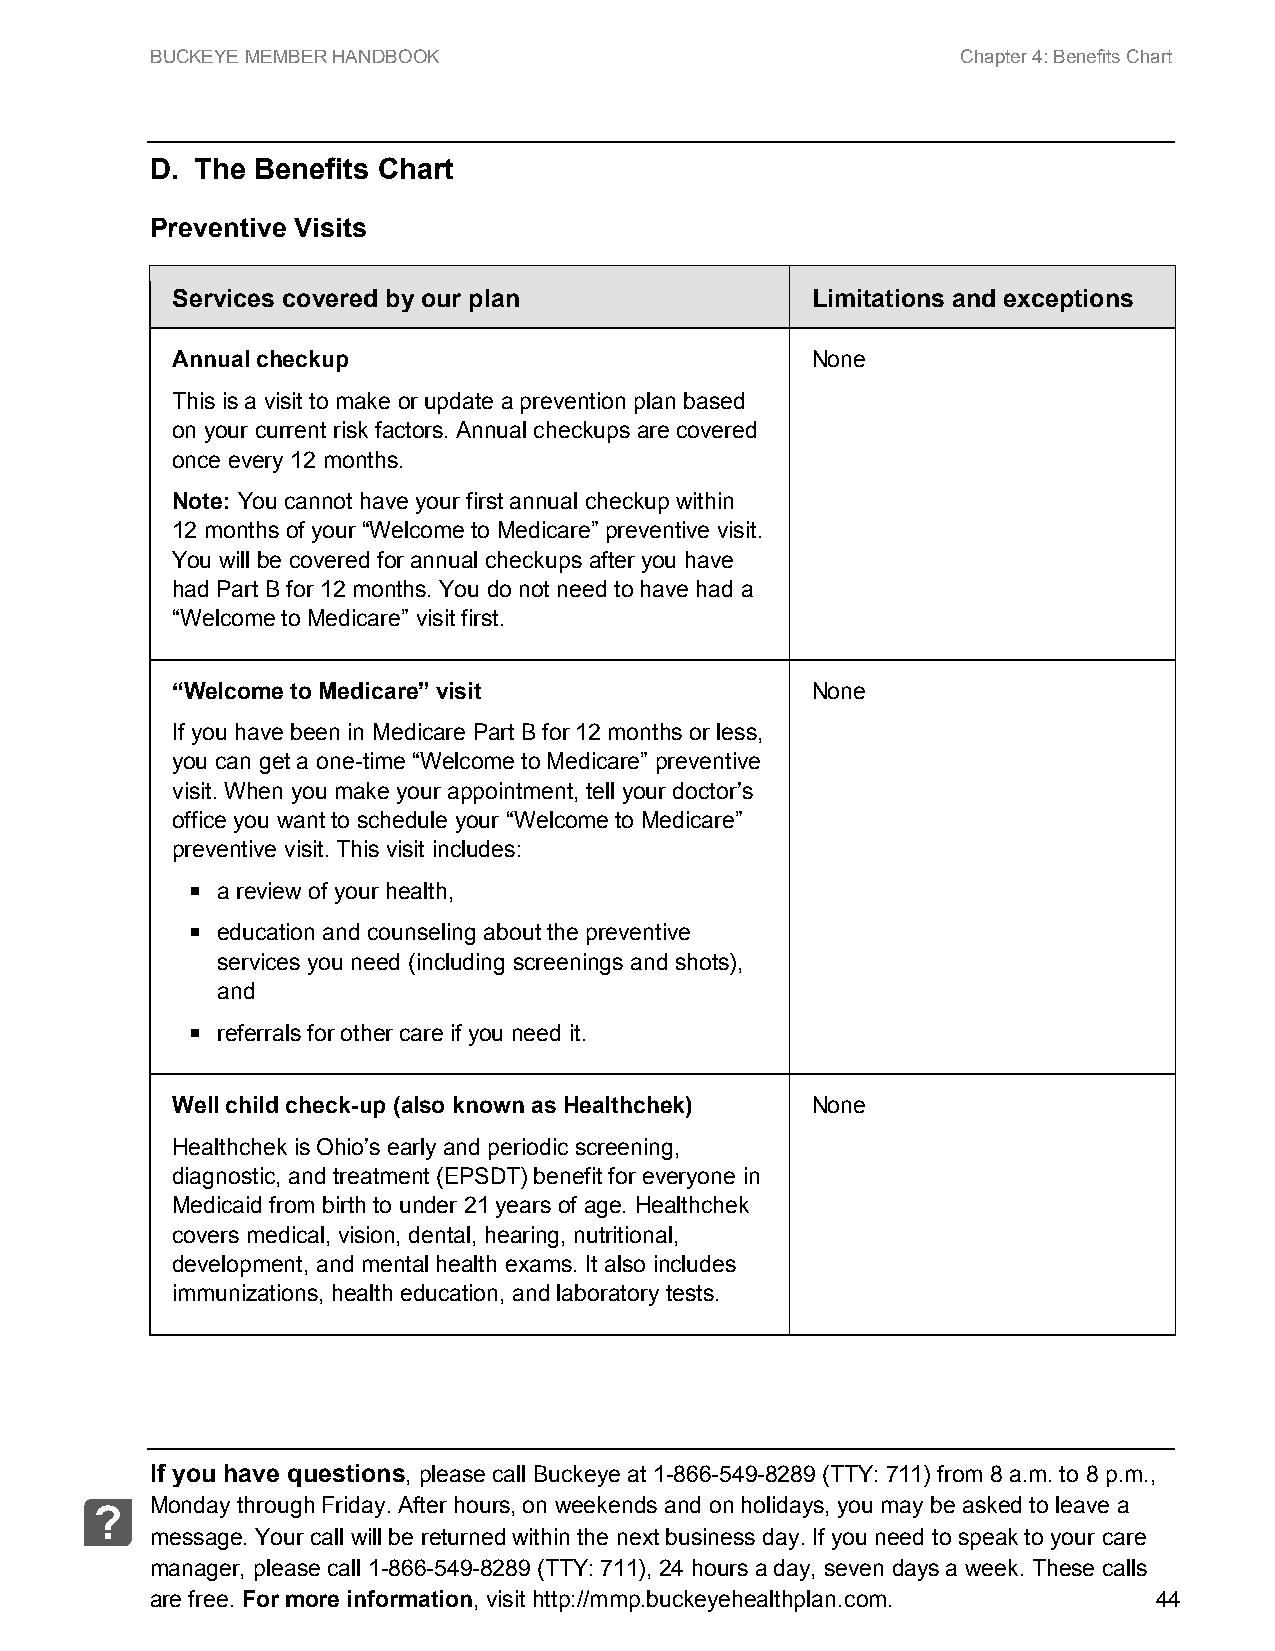
BUCKEYE MEMBER HANDBOOK                               Chapter 4: Benefits Chart
 D. The Benefits Chart
 Preventive Visits
 Services covered by our plan               Limitations and exceptions
 Annual checkup                             None
 This is a visit to make or update a prevention plan based
 on your current risk factors. Annual checkups are covered
 once every 12 months.
 Note: You cannot have your first annual checkup within
 12 months of your “Welcome to Medicare” preventive visit.
 You will be covered for annual checkups after you have
 had Part B for 12 months. You do not need to have had a
 “Welcome to Medicare” visit first.
 “Welcome to Medicare” visit                None
 If you have been in Medicare Part B for 12 months or less,
 you can get a one-time “Welcome to Medicare” preventive
 visit. When you make your appointment, tell your doctor’s
 office you want to schedule your “Welcome to Medicare”
 preventive visit. This visit includes:
  a review of your health,
  education and counseling about the preventive
 services you need (including screenings and shots),
 and
  referrals for other care if you need it.
 Well child check-up (also known as Healthchek) None
 Healthchek is Ohio’s early and periodic screening,
 diagnostic, and treatment (EPSDT) benefit for everyone in
 Medicaid from birth to under 21 years of age. Healthchek
 covers medical, vision, dental, hearing, nutritional,
 development, and mental health exams. It also includes
 immunizations, health education, and laboratory tests.
 If you have questions, please call Buckeye at 1-866-549-8289 (TTY: 711) from 8 a.m. to 8 p.m.,
 Monday through Friday. After hours, on weekends and on holidays, you may be asked to leave a
 ?
 message. Your call will be returned within the next business day. If you need to speak to your care
 manager, please call 1-866-549-8289 (TTY: 711), 24 hours a day, seven days a week. These calls
 are free. For more information, visit http://mmp.buckeyehealthplan.com. 44